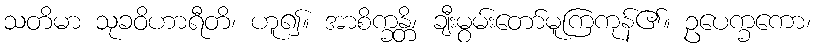
သတိမာ သုခဝိဟာရီတိ၊ ဟူ၍။ အာစိက္ခန္တိ၊ ချီးမွမ်းတော်မူကြကုန်၏။ ဥပေက္ခကော၊